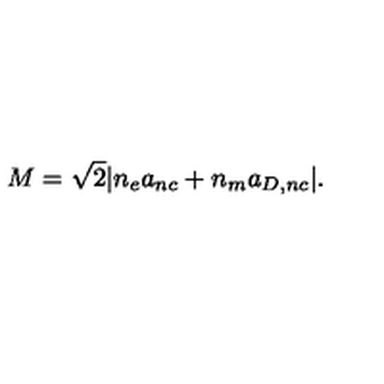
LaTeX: M = \sqrt 2 | n _ { e } a _ { n c } + n _ { m } a _ { D , n c } | .